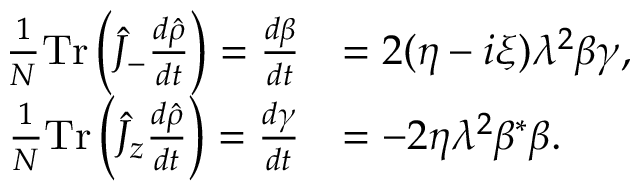
\begin{array} { r l } { \frac { 1 } { N } \mathrm { T r } \left( \hat { J } _ { - } \frac { d \hat { \rho } } { d t } \right) = \frac { d \beta } { d t } } & { = 2 ( \eta - i \xi ) \lambda ^ { 2 } \beta \gamma , } \\ { \frac { 1 } { N } \mathrm { T r } \left( \hat { J } _ { z } \frac { d \hat { \rho } } { d t } \right) = \frac { d \gamma } { d t } } & { = - 2 \eta \lambda ^ { 2 } \beta ^ { * } \beta . } \end{array}